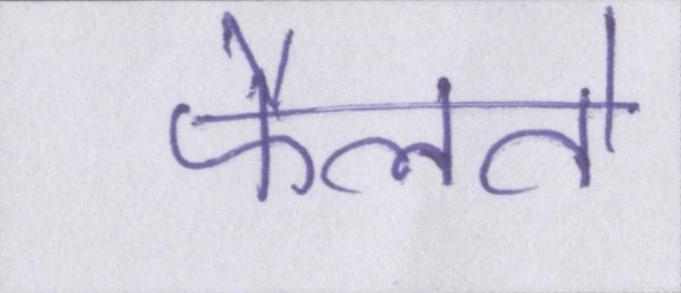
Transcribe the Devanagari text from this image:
फैलते